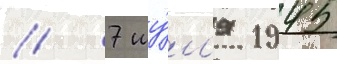
// 7 иу́л'я 1945